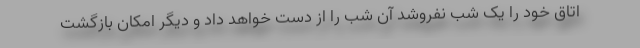
اتاق خود را یک شب نفروشد آن شب را از دست خواهد داد و دیگر امکان بازگشت